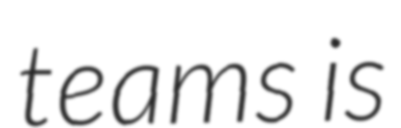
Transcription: teams is